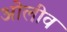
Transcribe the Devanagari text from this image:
ओलीव